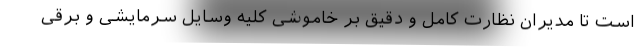
است تا مدیران نظارت کامل و دقیق بر خاموشی کلیه وسایل سرمایشی و برقی